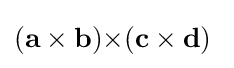
(\mathbf {a\times b} )\mathbf {\times } (\mathbf {c} \times \mathbf {d} )\